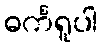
ဓင်္ကရူပါ